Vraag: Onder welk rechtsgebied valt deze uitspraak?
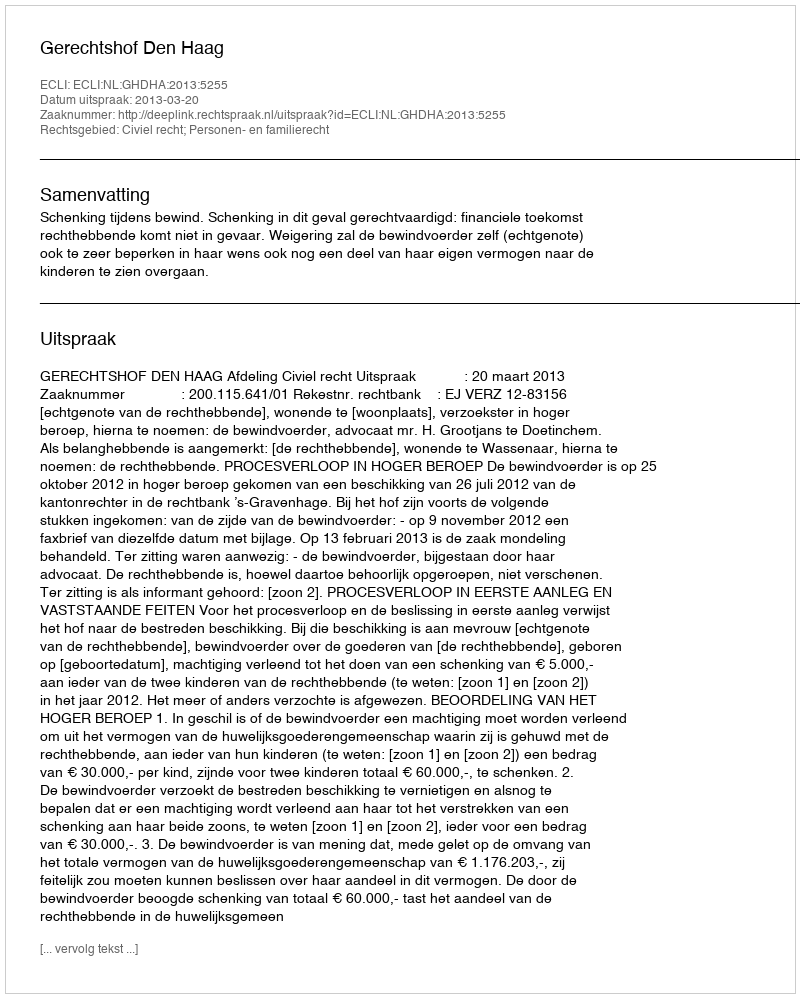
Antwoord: Civiel recht; Personen- en familierecht